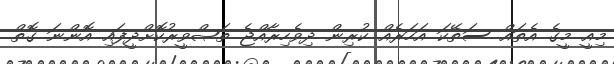
މިއީ މީގެ އެތައް ސަތޭކަ އަހަރެއް ކުރިން ދިވެހިރާއްޖެ ތަޞްވީރުކޮށްދީފައި އޮންނަ ގޮތް